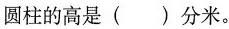
圆柱的高是()分米。